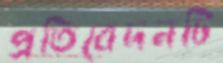
প্রতিবেদনটি